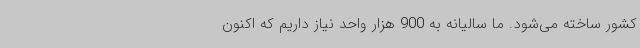
کشور ساخته می‌شود. ما سالیانه به 900 هزار واحد نیاز داریم که اکنون